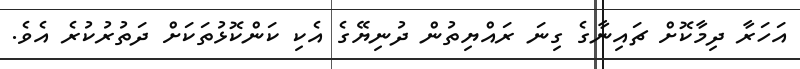
އަހަރާ ދިމާކޮށް ޗައިނާގެ ގިނަ ރައްޔިތުން ދުނިޔޭގެ އެކި ކަންކޮޅުތަކަށް ދަތުރުކުރެ އެވެ.